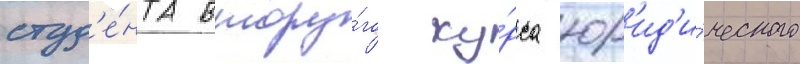
студ'е́нта второ́го ку́рса юр'ид'и́ческого